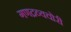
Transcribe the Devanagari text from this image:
गणद्रव्यचोरी